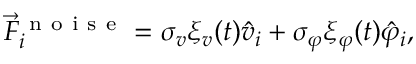
\vec { F } _ { i } ^ { \mathrm { ~ n ~ o ~ i ~ s ~ e ~ } } = \sigma _ { v } \xi _ { v } ( t ) \hat { v } _ { i } + \sigma _ { \varphi } \xi _ { \varphi } ( t ) \hat { \varphi } _ { i } ,